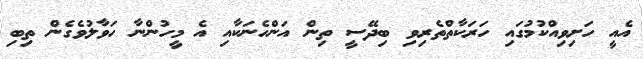
އެއީ ހަށިވިއްކުމުގައި ހަރަކާތްތެރިވި ބިދޭސީ ތިން އަންހެނަކާއި އެ މީހުންނާ ހަވާލުވެގެން ތިބި